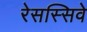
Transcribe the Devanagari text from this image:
रेसस्सिवे